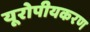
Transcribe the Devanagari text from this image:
यूरोपीयकरण